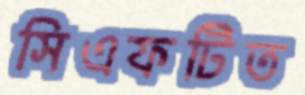
সিএফটিত